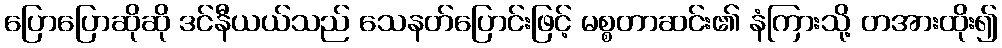
ပြောပြောဆိုဆို ဒင်နီယယ်သည် သေနတ်ပြောင်းဖြင့် မစ္စတာဆင်း၏ နံကြားသို့ တအားထိုး၍